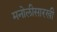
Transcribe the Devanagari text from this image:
मनोलीसारखी